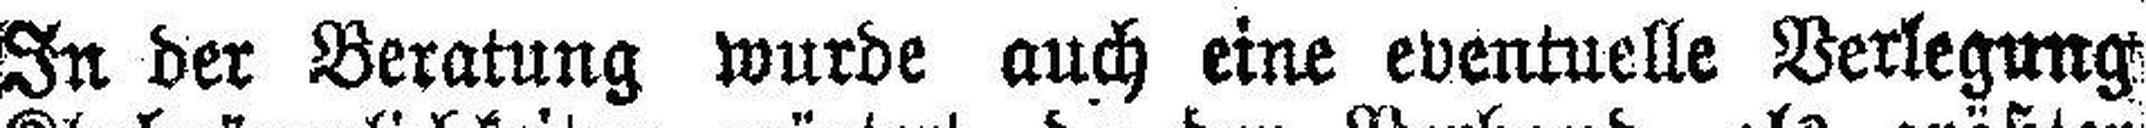
In der Beratung wurde auch eine eventuelle Verlegung